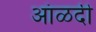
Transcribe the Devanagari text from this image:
आंळदी